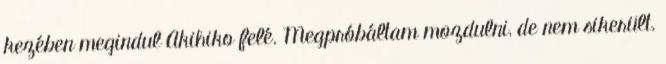
kezében megindul Akihiko felé. Megpróbáltam mozdulni, de nem sikerült.